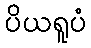
ပိယရူပံ